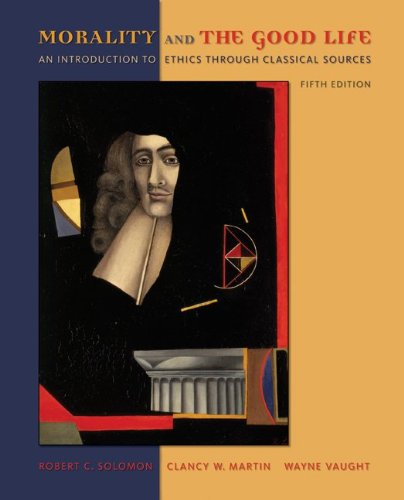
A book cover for Morality and the Good Life: An Introduction to Ethics Through Classical Sources; Robert Solomon; Politics & Social Sciences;